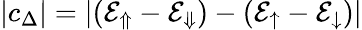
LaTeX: {|c_{\Delta}|=|(\mathcal{E}_{\Uparrow}-\mathcal{E}_{\Downarrow})-(\mathcal{E}_{\uparrow}-\mathcal{E}_{\downarrow})|}